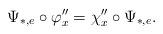
LaTeX: \begin{align*}\Psi_{\ast,e}\circ \varphi''_x=\chi''_x\circ \Psi_{\ast,e}.\end{align*}